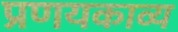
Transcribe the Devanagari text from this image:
प्रणयकाव्य